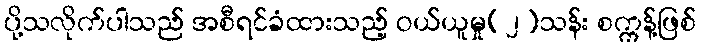
ပို့သလိုက်ပါသည် အစီရင်ခံထားသည့် ဝယ်ယူမှု(၂)သန်း စက္ကန့်ဖြစ်